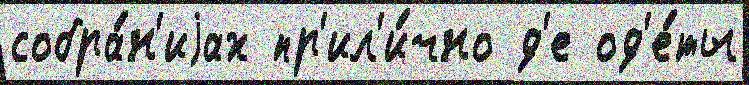
собра́н'иjах пр'ил'и́чно д'е од'е́ты